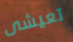
تعيشى